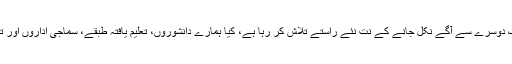
اس وقت جب ہر چینل انعامات بانٹنے کی اس ریس میں ایک دوسرے سے آگے نکل جانے کے نت نئے راستے تلاش کر رہا ہے، کیا ہمارے دانشوروں، تعلیم یافتہ طبقے، سماجی اداروں اور تنظیموں میں سے ایسا کوئی نہیں جو اس پر آواز اٹھا سکے؟